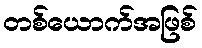
တစ်ယောက်အဖြစ်